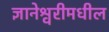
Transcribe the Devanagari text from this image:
ज्ञानेश्वरीमधील